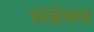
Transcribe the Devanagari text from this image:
कांब्रेनामा